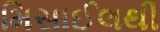
મિસાઈલથી